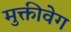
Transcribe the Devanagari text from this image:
मुक्तीवेग